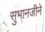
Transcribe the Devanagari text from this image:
सुभानजीने